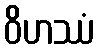
ဝိဟဿံ